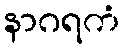
နာဂရကံ